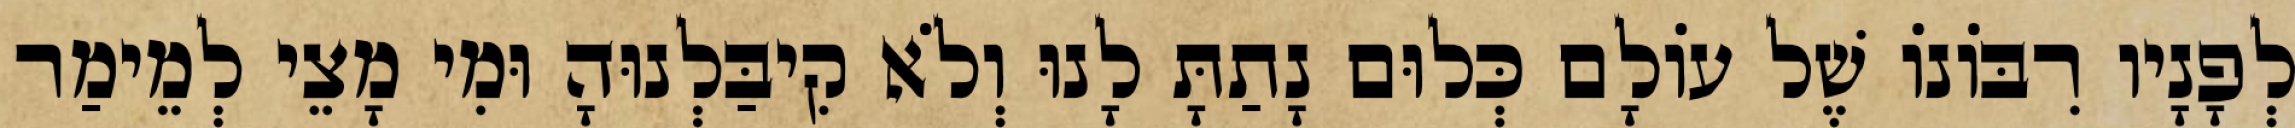
לְפָנָיו רִבּוֹנוֹ שֶׁל עוֹלָם כְּלוּם נָתַתָּ לָנוּ וְלֹא קִיבַּלְנוּהָ וּמִי מָצֵי לְמֵימַר